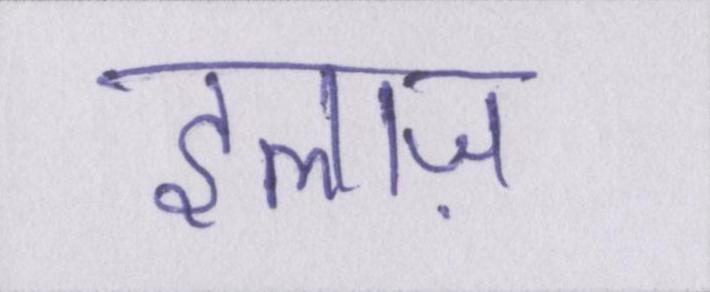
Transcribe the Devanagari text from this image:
इलाज़